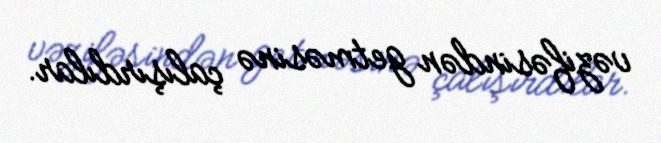
vəzifəsindən getməsinə çalışırdılar.